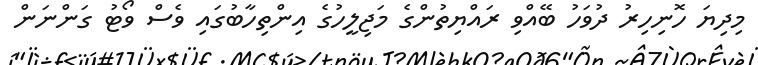
މިދިޔަ ހޮނިހިރު ދުވަހު ބޭއްވި ރައްޔިތުންގެ މަޖިލީހުގެ އިންތިހާބުގައި ވެސް ވޯޓު ގަންނަން